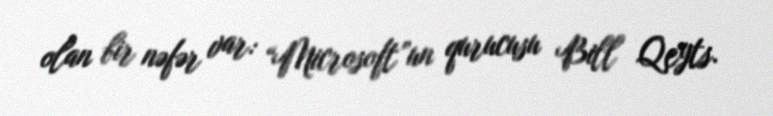
olan bir nəfər var: “Microsoft”un qurucusu Bill Qeyts.